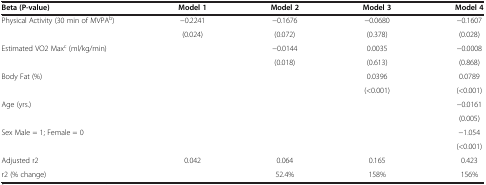
| Beta (P-value) | Model 1 | Model 2 | Model 3 | Model 4 |
 | --- | --- | --- | --- | --- |
 | <ROWSPAN=2> Physical Activity (30 min of MVPAb) | −0.2241 | −0.1676 | −0.0680 | −0.1607 |
 | (0.024) | (0.072) | (0.378) | (0.028) |
 | <ROWSPAN=2> Estimated VO2 Maxc (ml/kg/min) |  | −0.0144 | 0.0035 | −0.0008 |
 |  | (0.018) | (0.613) | (0.868) |
 | <ROWSPAN=2> Body Fat (%) |  |  | 0.0396 | 0.0789 |
 |  |  | (<0.001) | (<0.001) |
 | <ROWSPAN=2> Age (yrs.) |  |  |  | −0.0161 |
 |  |  |  | (0.005) |
 | <ROWSPAN=2> Sex Male = 1; Female = 0 |  |  |  | −1.054 |
 |  |  |  | (<0.001) |
 | Adjusted r2 | 0.042 | 0.064 | 0.165 | 0.423 |
 | r2 (% change) |  | 52.4% | 158% | 156% |